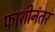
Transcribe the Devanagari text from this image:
फाशीनंतर